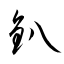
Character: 釟